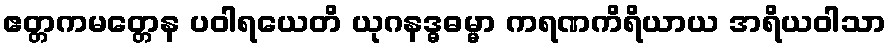
ဧတ္တကမတ္တေန ပဝါရယေတိ ယုဂနဒ္ဓဓမ္မာ ကရဏကိရိယာယ အရိယဝါသာ